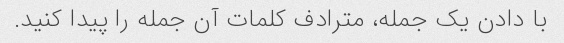
با دادن یک جمله، مترادف کلمات آن جمله را پیدا کنید.